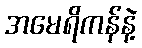
အမေရိကန်နဲ့